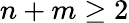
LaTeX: n+m\ge 2